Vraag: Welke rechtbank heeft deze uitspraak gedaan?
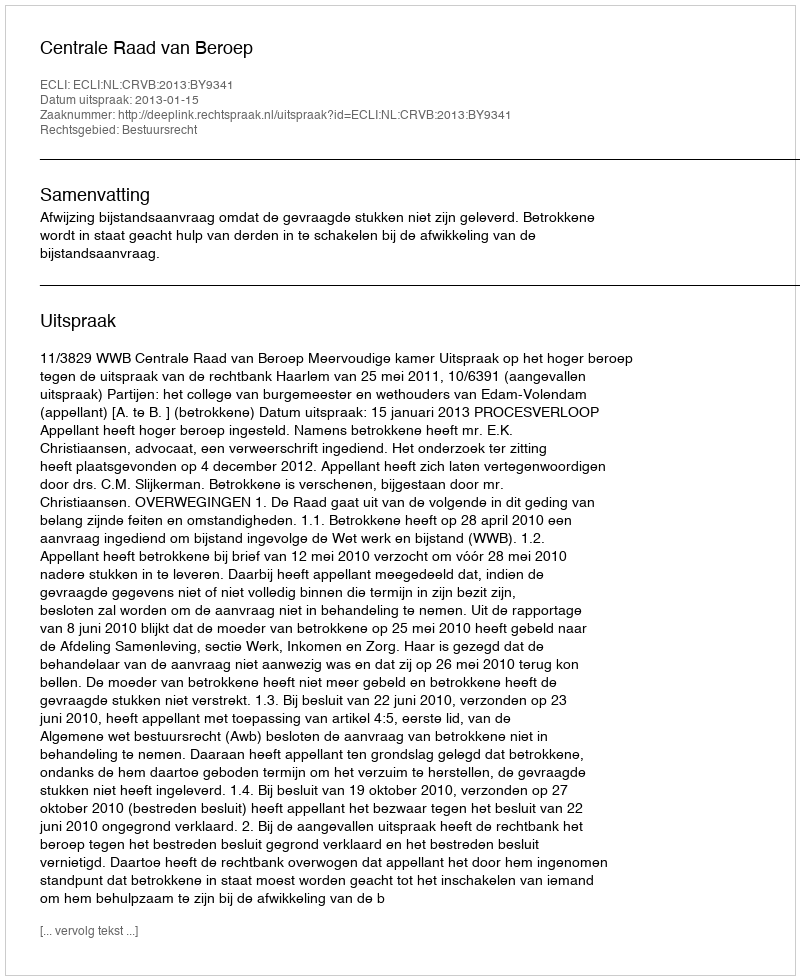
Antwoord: Centrale Raad van Beroep